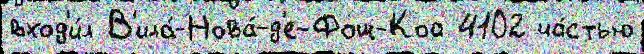
вход'и́л В'ила́-Нова́-д'е-Фош-Коа 4102 ча́стью